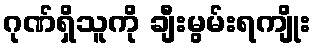
ဂုဏ်ရှိသူကို ချီးမွမ်းရကျိုး